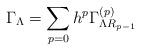
LaTeX: \begin{align*}\Gamma_{\Lambda} =\sum_{p=0}h^p\Gamma _{\Lambda R_{p-1}}^{\left( p\right) }\end{align*}